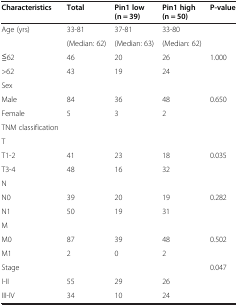
<table><thead><tr><td><b>Characteristics</b></td><td><b>Total</b></td><td><b>Pin1 low (n = 39)</b></td><td><b>Pin1 high (n = 50)</b></td><td><b>P-value</b></td></tr></thead><tbody><tr><td>Age (yrs)</td><td>33-81</td><td>37-81</td><td>33-80</td><td></td></tr><tr><td></td><td>(Median: 62)</td><td>(Median: 63)</td><td>(Median: 62)</td><td></td></tr><tr><td>≦62</td><td>46</td><td>20</td><td>26</td><td>1.000</td></tr><tr><td>&gt;62</td><td>43</td><td>19</td><td>24</td><td></td></tr><tr><td>Sex</td><td></td><td></td><td></td><td></td></tr><tr><td>Male</td><td>84</td><td>36</td><td>48</td><td>0.650</td></tr><tr><td>Female</td><td>5</td><td>3</td><td>2</td><td></td></tr><tr><td>TNM classification</td><td></td><td></td><td></td><td></td></tr><tr><td>T</td><td></td><td></td><td></td><td></td></tr><tr><td>T1-2</td><td>41</td><td>23</td><td>18</td><td>0.035</td></tr><tr><td>T3-4</td><td>48</td><td>16</td><td>32</td><td></td></tr><tr><td>N</td><td></td><td></td><td></td><td></td></tr><tr><td>N0</td><td>39</td><td>20</td><td>19</td><td>0.282</td></tr><tr><td>N1</td><td>50</td><td>19</td><td>31</td><td></td></tr><tr><td>M</td><td></td><td></td><td></td><td></td></tr><tr><td>M0</td><td>87</td><td>39</td><td>48</td><td>0.502</td></tr><tr><td>M1</td><td>2</td><td>0</td><td>2</td><td></td></tr><tr><td>Stage</td><td></td><td></td><td></td><td rowspan="2">0.047</td></tr><tr><td>I-II</td><td>55</td><td>29</td><td>26</td></tr><tr><td>III-IV</td><td>34</td><td>10</td><td>24</td><td></td></tr></tbody></table>